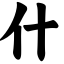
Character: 什